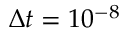
\Delta t = 1 0 ^ { - 8 }